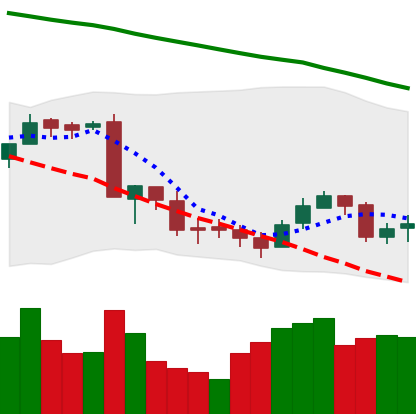
Ticker: BNB-USD
Chart end date: 2018-09-19
Forward return: 4.333%
Label: up_3_5